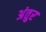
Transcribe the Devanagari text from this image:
अंतुर